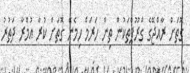
ގޮތަށް ރާއްޖޭގެ ގްރޫޕްތަކުން ތިން ހަރަމް ހިމެނޭ ގޮތަށް ކުރާ އުމްރާ ދަތުރު